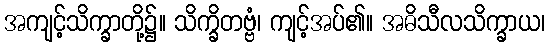
အကျင့်သိက္ခာတို့၌။ သိက္ခိတဗ္ဗံ၊ ကျင့်အပ်၏။ အဓိသီလသိက္ခာယ၊